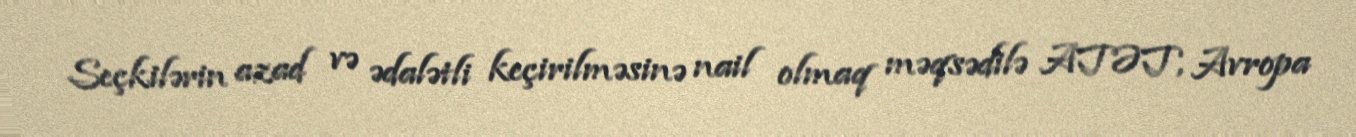
Seçkilərin azad və ədalətli keçirilməsinə nail olmaq məqsədilə ATƏT, Avropa